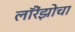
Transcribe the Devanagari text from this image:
लॉरेंझोचा